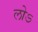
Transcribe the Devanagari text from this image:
लोऽ